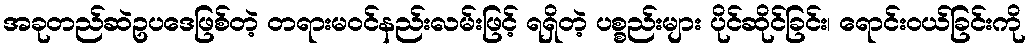
အခုတည်ဆဲဥပဒေဖြစ်တဲ့ တရားမဝင်နည်းလမ်းဖြင့် ရရှိတဲ့ ပစ္စည်းများ ပိုင်ဆိုင်ခြင်း၊ ရောင်းဝယ်ခြင်းကို